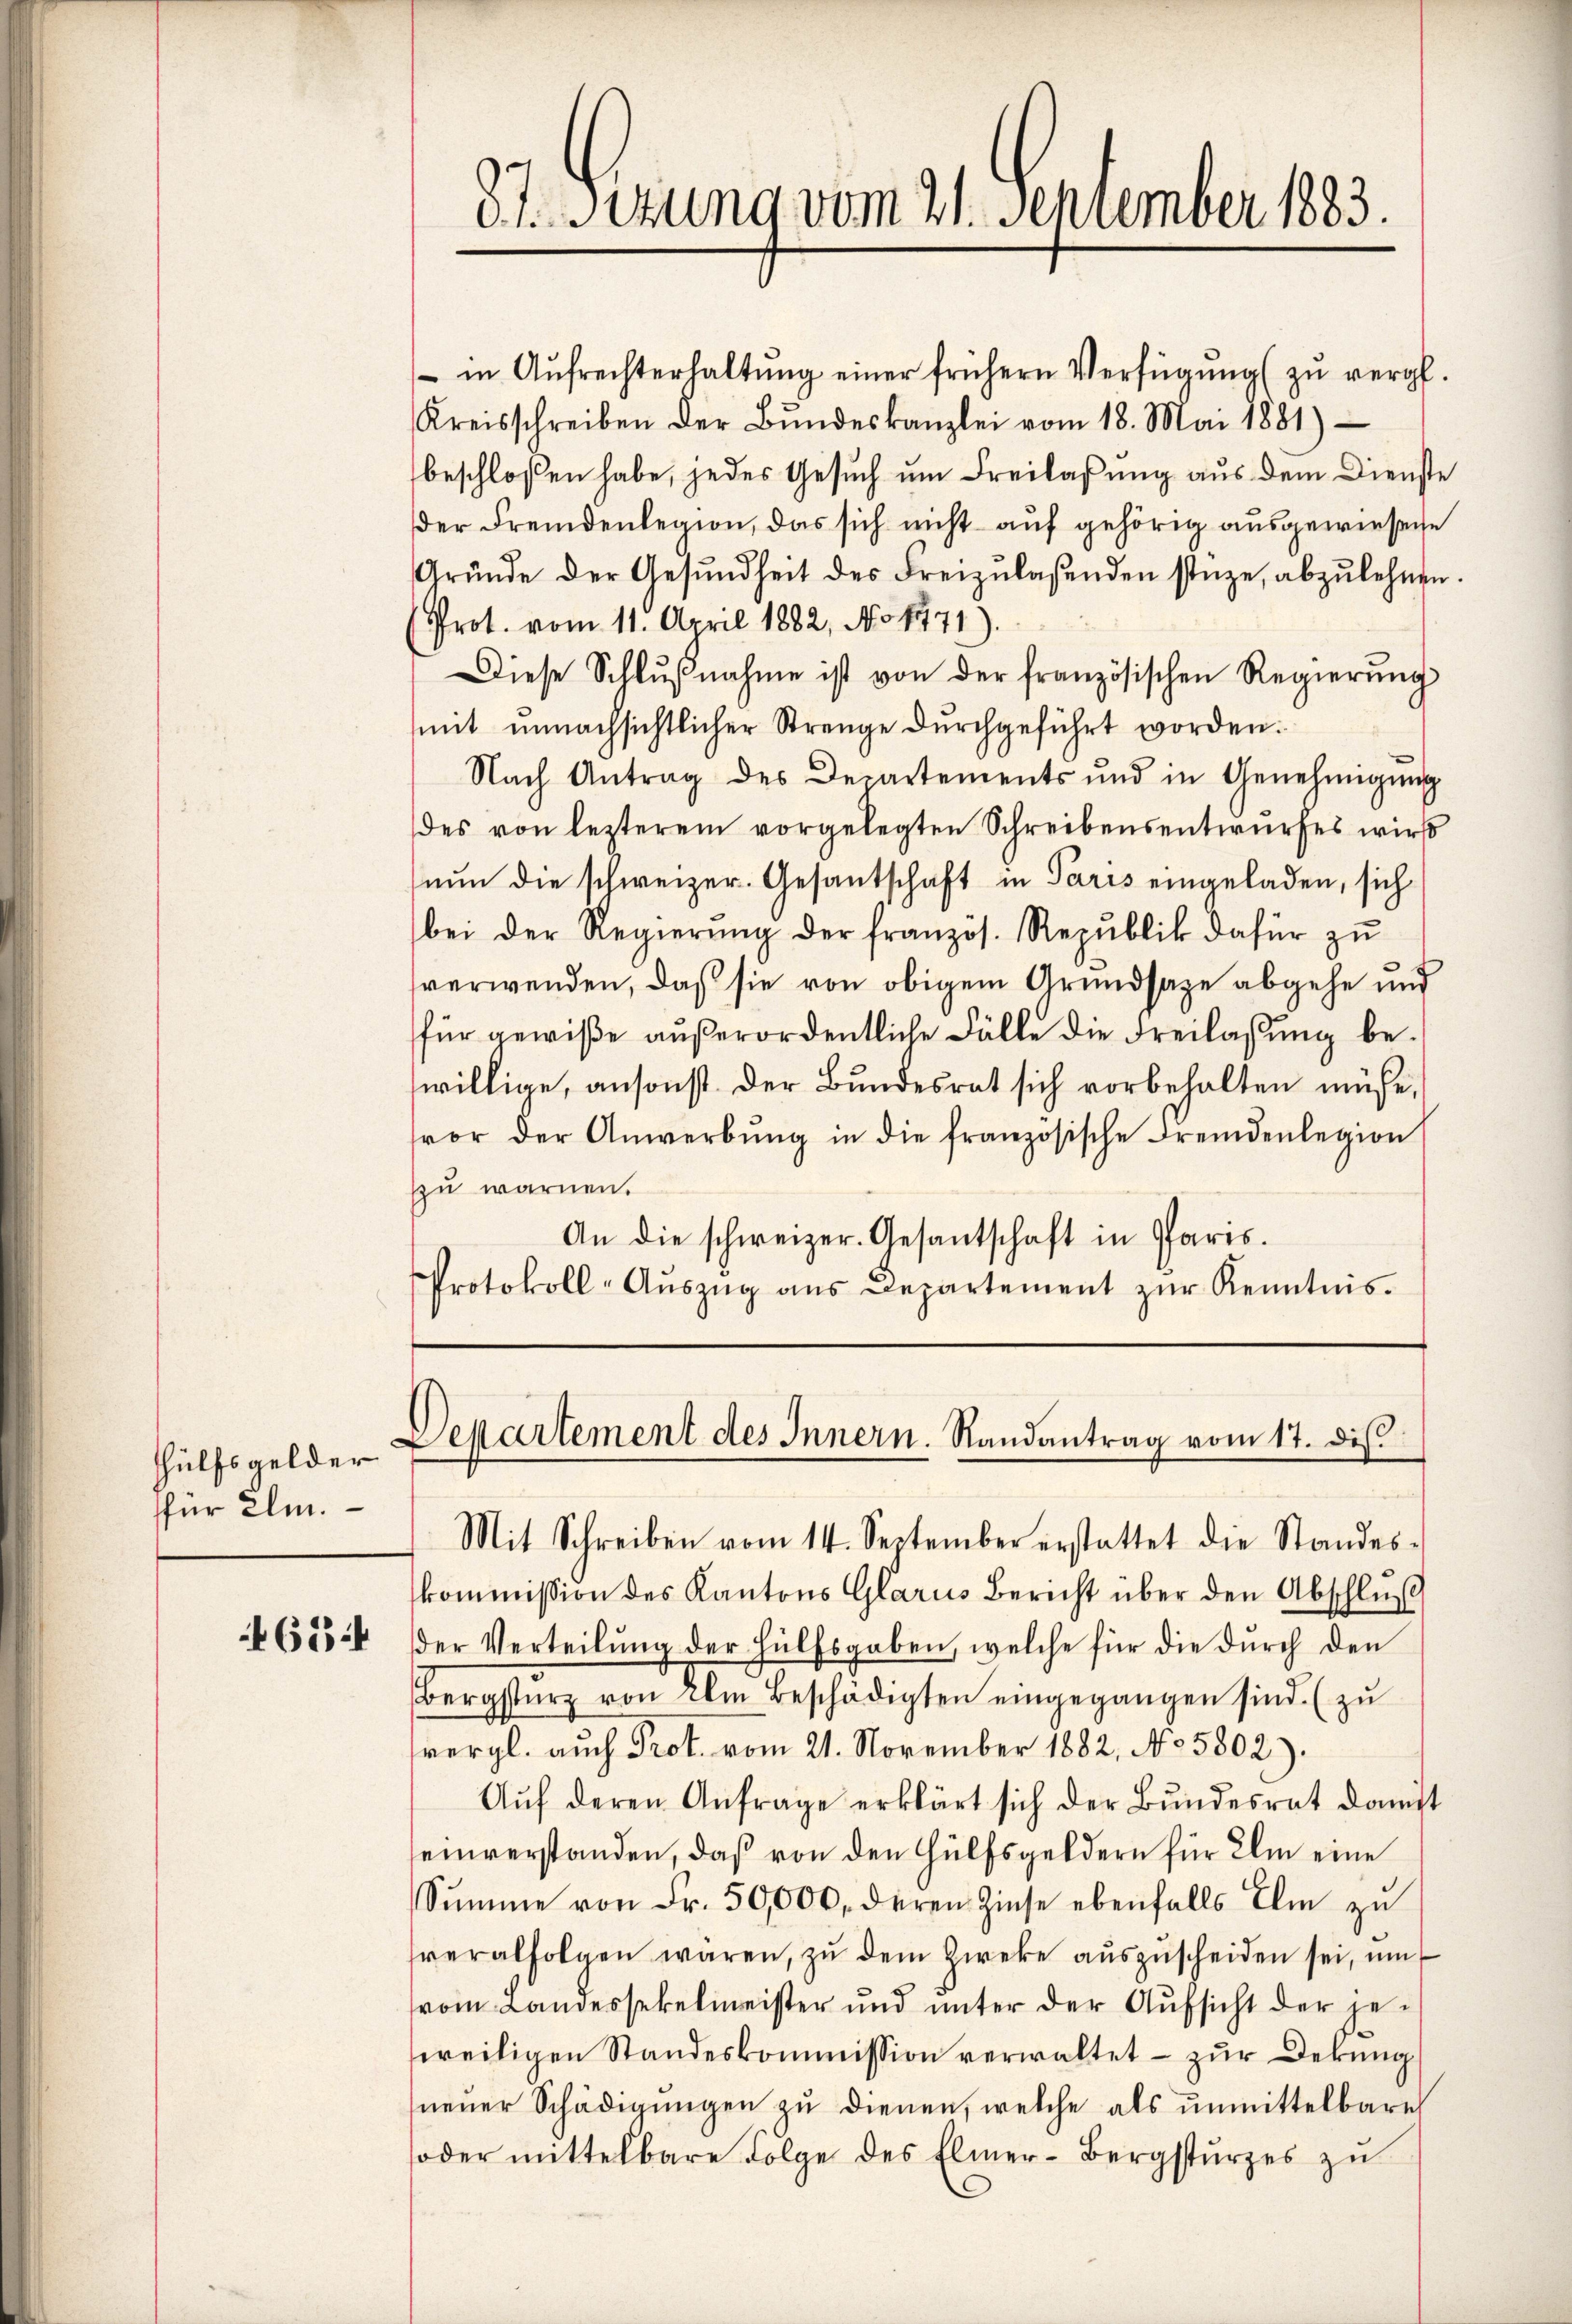
87. Sizung vom 21. September 1883.

in Aŭfrechterhaltŭng einer frühern Verfügŭng zŭ vergl.
Kreisschreiben der Bŭndeskanzlei vom 18. Mai 1881)
beschlossen habe, jedes Gesuch um Freilassung aus dem Dienste
der Fremdenlegion, das sich nicht auf gehörig ausgewiesene
Gründe der Gesŭndheit des Freizŭlasenden stüze, abzulehnen.
(Prot. vom 11. April 1882, No 1471).
Diese Schlŭβnahme ist von der französischen Regierŭng
mit unnachsichtlicher Strenge dŭrchgeführt worden.
Nach Antrag des Departements und in Genehmigung
des von lezterem vorgelegten Schreibensentwurfes wird
nŭn die schweizer. Gesantschaft in Paris eingeladen, sich
bei der Regierŭng der französ. Republik dafür zŭ
sverwenden, daß sie von obigem Grundsaze abgehe und
für gewiße außerordentliche Fälle die Freilassung bewillige, ansonst der Bundesrat sich vorbehalten müße,
vor der Anwerbŭng in die französische Fremdenlegion
zu warnen.
An die schweizer. Gesantschaft in Paris.
Protokoll-Aŭszŭg ans Departement zŭr Kenntnis.

Departement des Innern. Randantrag vom 17. dis

Hülfsgelder
für ihm.

Mit Schreiben vom 14. September erstattet die Standes-
kommission des Kantons Glarus Bericht über den Abschluß
der Verteilung der Hülfsgaben, welche für die durch den
Bergsturz von Ihm beschädigten eingegangen sind. (zu
vergl. auch Prot. vom 21. November 1882, No 5802).
Aŭf deren Anfrage erklärt sich der Bŭndesrat danst
seinverstanden, daß von den Hülfsgeldern für Ihm eine
Sŭmme von Fr. 50,000. deren Zinse ebenfalls Ihm zŭ
verabfolgen waren, zŭ dem Zweke aŭszŭscheiden sei, um
vom Landessekelmeister und unter der Aufsicht der je-
weiligen Standeskommission verwaltet - zur Dekŭng
neŭer Schädigŭngen zŭ dienen, welche als ŭnmittelbare
oder mittelbare Folge des Elmer-Bergstŭrzes zŭ

65